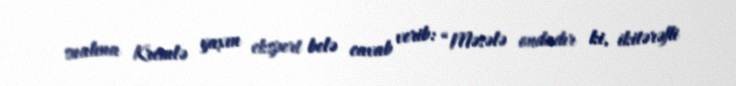
sualına Kremlə yaxın ekspert belə cavab verib: “Məsələ ondadır ki, ikitərəfli